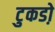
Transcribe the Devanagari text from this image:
टुकडो़